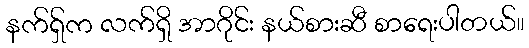
နက်ရှ်က လက်ရှိ အာဂိုင်း နယ်စားဆီ စာရေးပါတယ်။